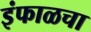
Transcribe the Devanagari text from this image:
इंफाळचा